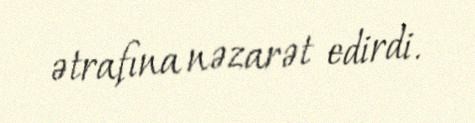
ətrafına nəzarət edirdi.